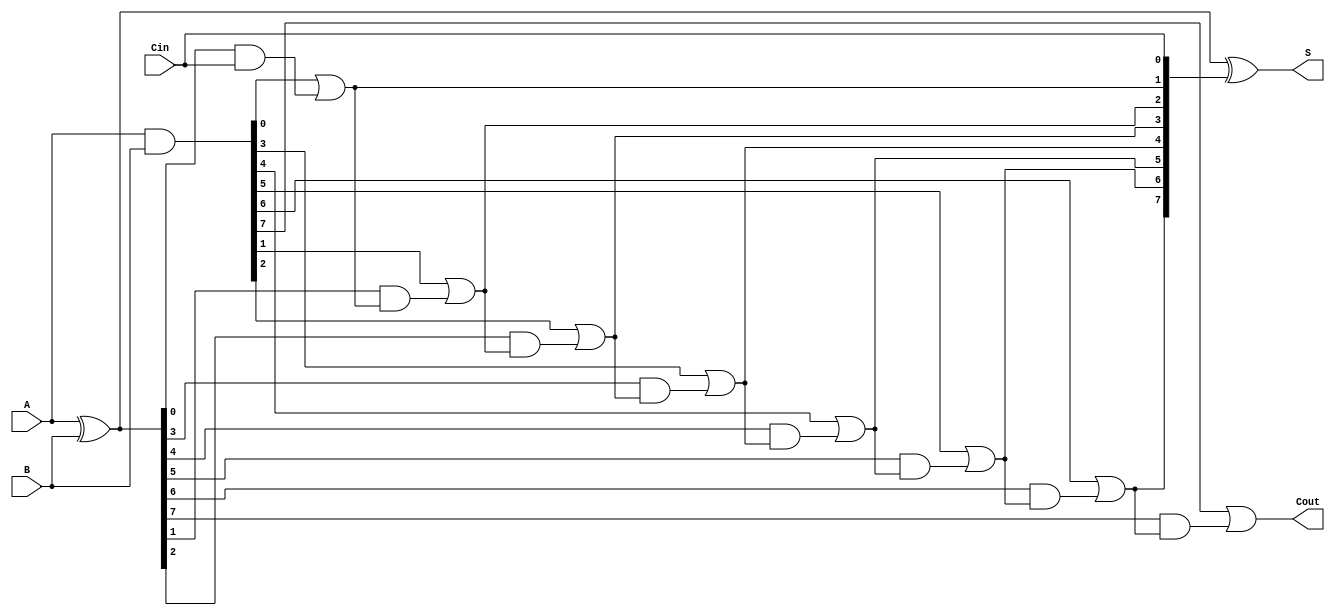
module brent_kung_adder #(parameter n = 8) (
    input  wire [n-1:0] A,     // First operand
    input  wire [n-1:0] B,     // Second operand
    input  wire Cin,            // Carry-in
    output wire [n-1:0] S,      // Sum output
    output wire Cout            // Carry-out
);

    // Generate and Propagate signals
    wire [n-1:0] G; // Generate
    wire [n-1:0] P; // Propagate
    wire [n:0] C;   // Carry bits

    // Generate and Propagate calculations
    assign G = A & B;          // Generate
    assign P = A ^ B;          // Propagate
    assign C[0] = Cin;         // Initial carry

    // Carry generation using Brent-Kung structure
    genvar i, j;
    generate
        // Level 1
        for (i = 0; i < n; i = i + 1) begin: level1
            if (i == 0) begin
                assign C[i + 1] = G[i] | (P[i] & C[i]);
            end else begin
                assign C[i + 1] = G[i] | (P[i] & C[i]);
            end
        end

        // Higher levels
        for (j = 1; j < n; j = j + 1) begin: levels
            for (i = 0; i < n - j; i = i + 1) begin: carry_level
                assign C[i + j + 1] = G[i + j] | (P[i + j] & C[i + j]);
            end
        end
    endgenerate

    // Sum generation
    assign S = P ^ C[n-1:0]; // Sum calculation
    assign Cout = C[n];      // Final carry-out

endmodule